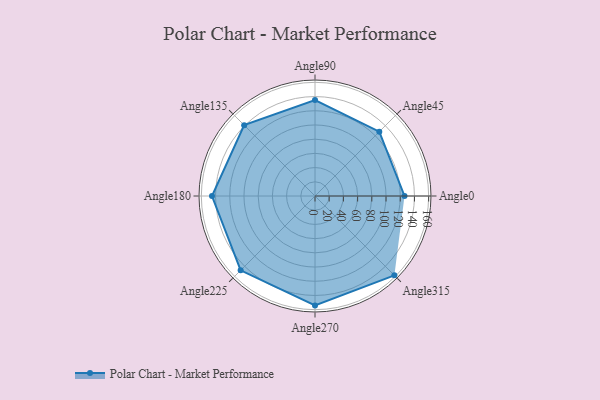
{"axis": {"x": "Angle", "y": "Radius"}, "legend": [""], "data": [{"x": "Angle0", "y": 126.0, "type": ""}, {"x": "Angle45", "y": 128.0, "type": ""}, {"x": "Angle90", "y": 135.0, "type": ""}, {"x": "Angle135", "y": 141.0, "type": ""}, {"x": "Angle180", "y": 145.0, "type": ""}, {"x": "Angle225", "y": 148.0, "type": ""}, {"x": "Angle270", "y": 154.0, "type": ""}, {"x": "Angle315", "y": 158.0, "type": ""}]}